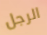
الرجل